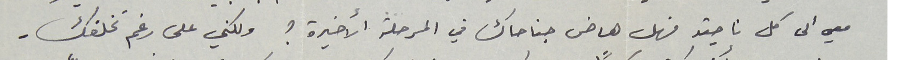
معي الى كل ناحية فهل هاض جناحاك في المرحلة الأخيرة ؟ ولكني على رغم تخلفك .